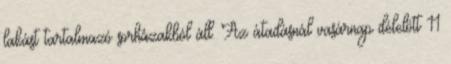
lakást tartalmazó sorházakból áll. Az átadásnál vasárnap délelőtt 11